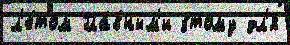
л'е́том Гла́вным'и э́тому дл'я